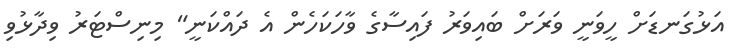
އަޅުގަނޑަށް ހީވަނީ ވަރަށް ބައިވަރު ފައިސާގެ ވާހަކަހެން އެ ދައްކަނީ" މިނިސްޓަރު ވިދާޅުވި